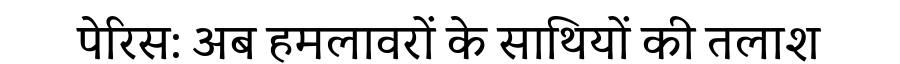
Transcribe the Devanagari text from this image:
पेरिस: अब हमलावरों के साथियों की तलाश